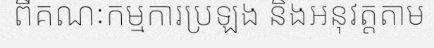
ពីគណៈកម្មការប្រឡង និងអនុវត្តតាម